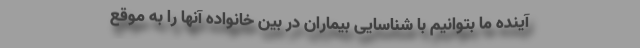
آینده ما بتوانیم با شناسایی بیماران در بین خانواده آنها را به موقع